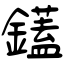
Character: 鑉